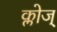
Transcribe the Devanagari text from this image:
क्लोज्